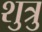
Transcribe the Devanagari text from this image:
शुत्रु